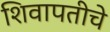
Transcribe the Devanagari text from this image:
शिवापतीचे